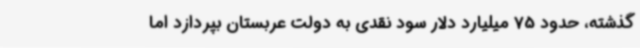
گذشته، حدود 75 میلیارد دلار سود نقدی به دولت عربستان بپردازد اما